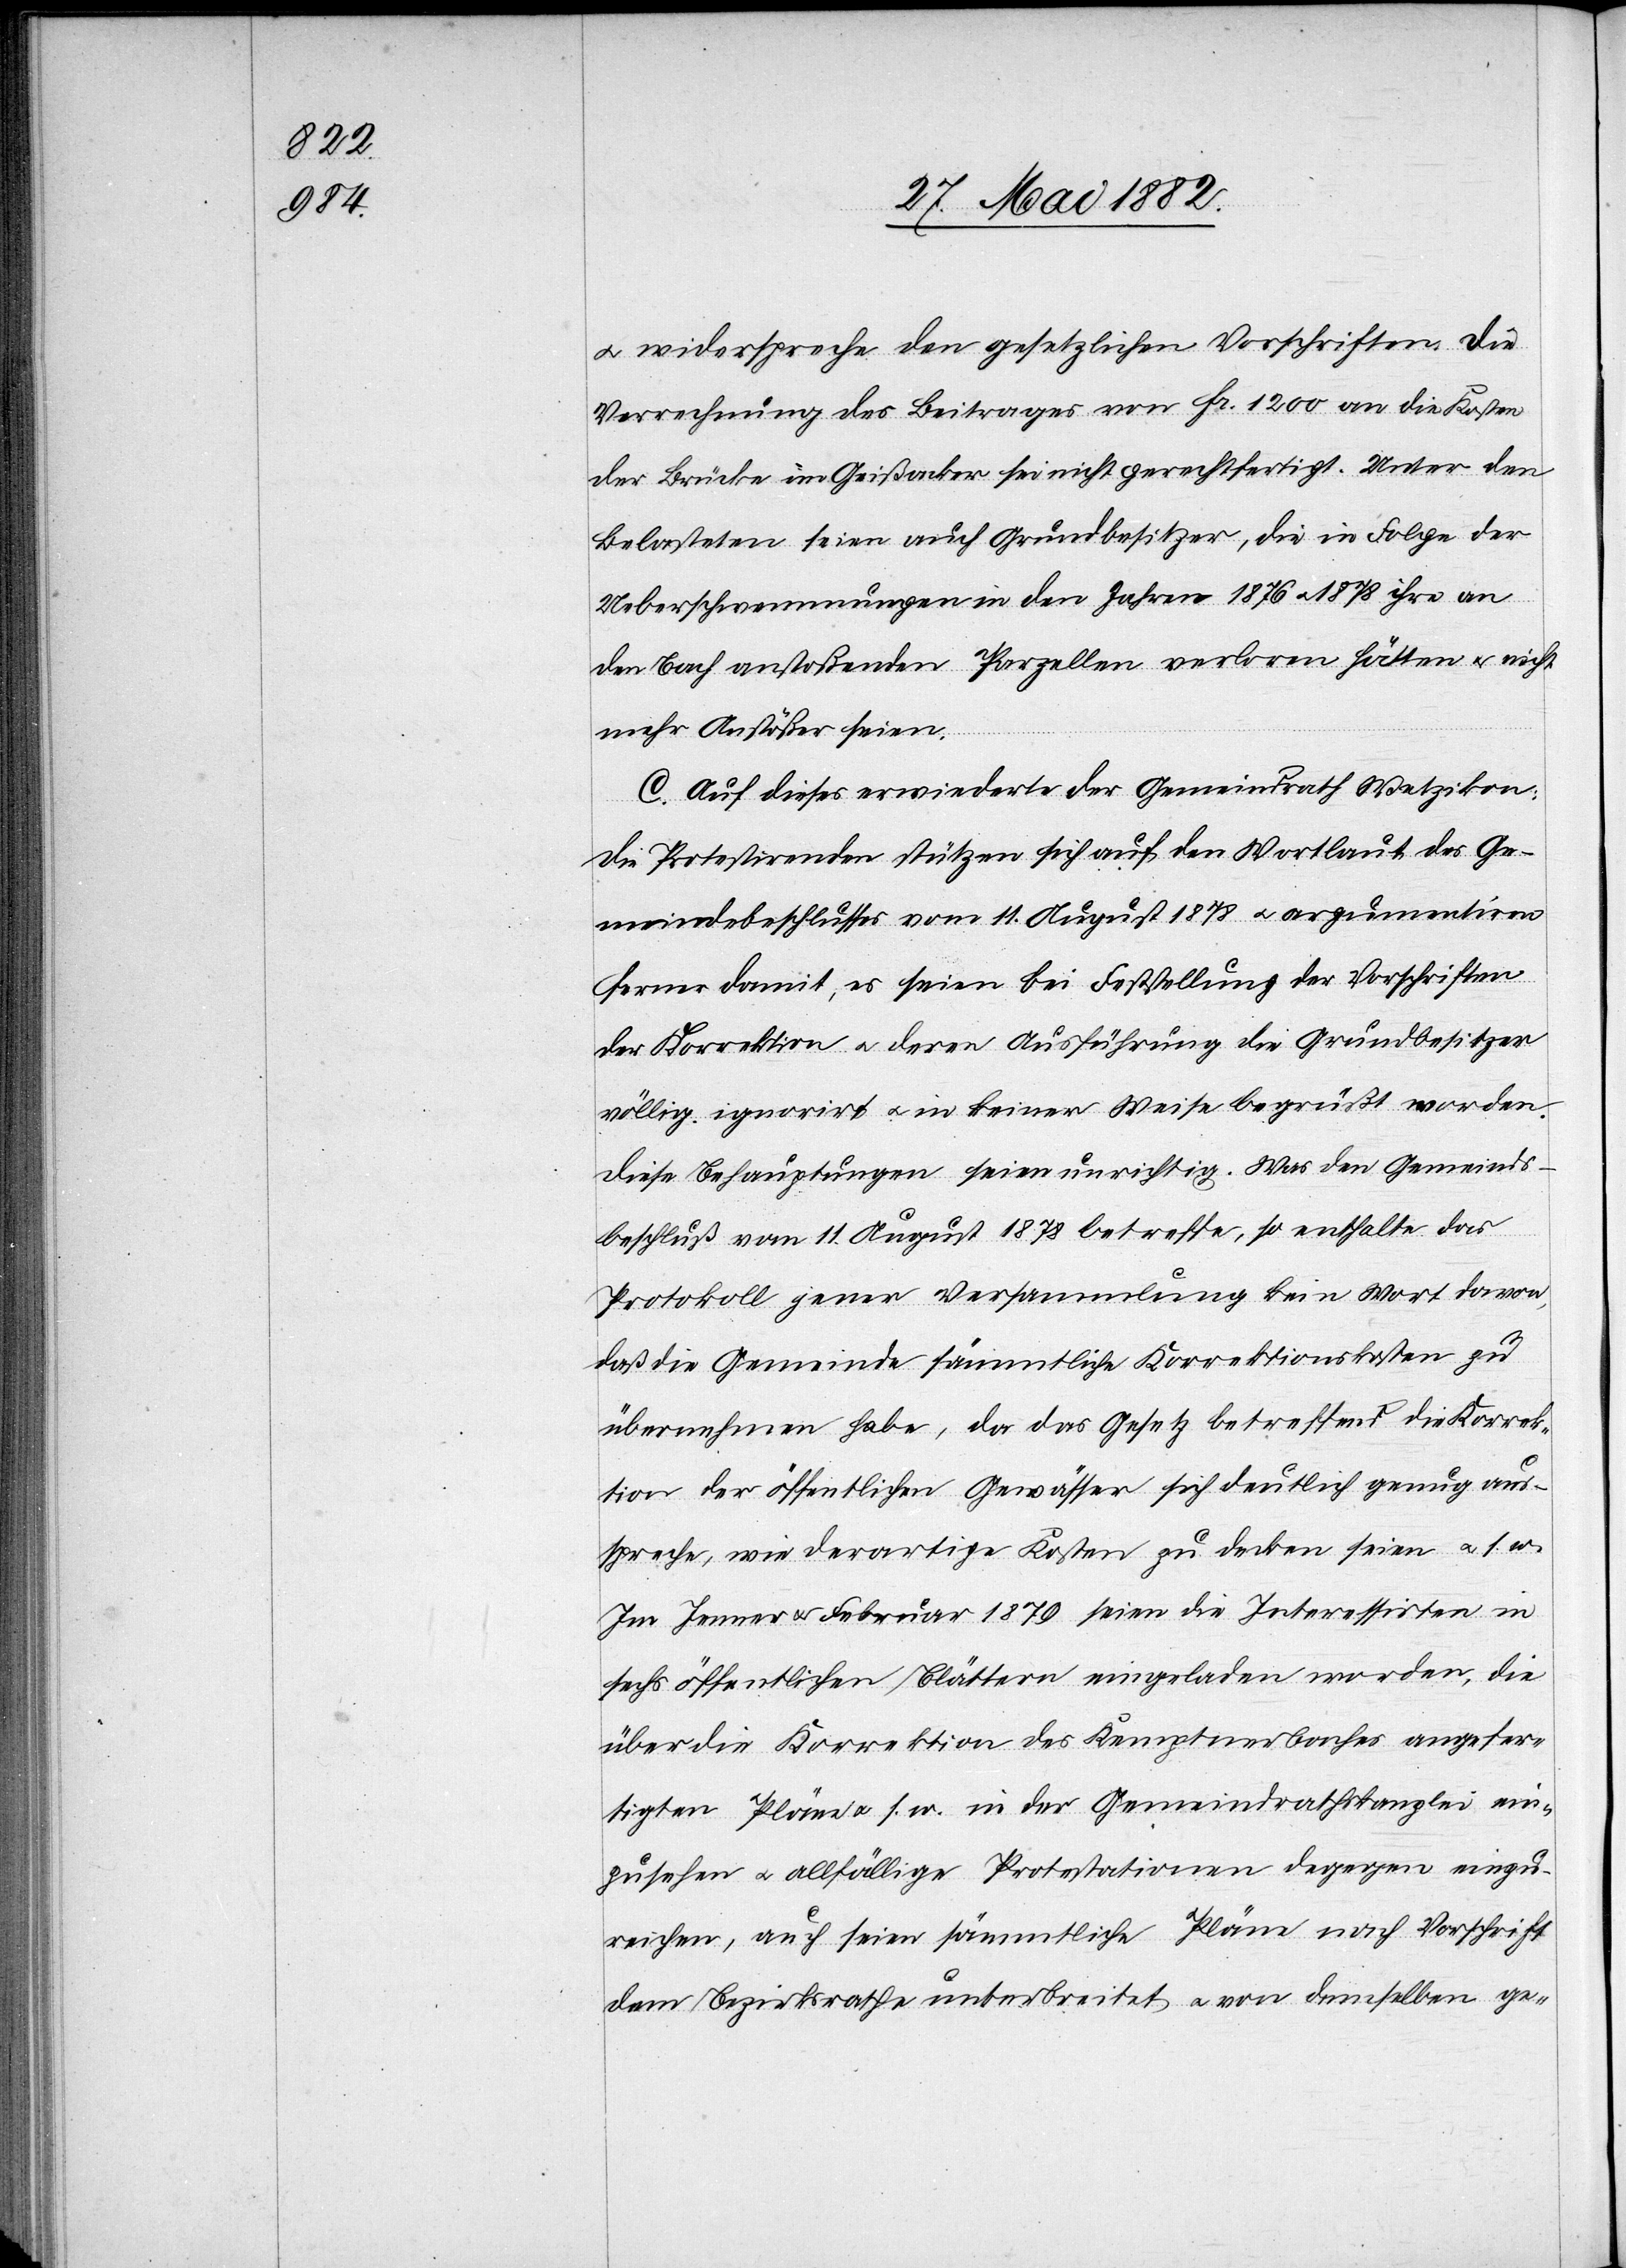
u widerspreche den gesetzlichen Vorschriften. Die
Verrechnung des Beitrages von Fr. 1200 an die Kosten
der Brücke im Gießacker sei nicht gerechtfertigt. Unter den
Belasteten seien auch Grundbesitzer, die in Folge der
Ueberschwemmungen in den Jahren 1876 u. 1878 ihre an
den Bach anstoßenden Parzellen verloren hätten & nicht
mehr Anstößer seien.
C. Auf dieses erwiederte [sic!] der Gemeindrath Wetzikon:
Die Protestirenden stützen sich auf den Wortlaut des Ge¬
meindebeschlusses vom 11. August 1878 u. argumentiren
ferner damit, es seien bei Feststellung der Vorschriften
der Korrektion u. deren Ausführung die Grundbesitzer
völlig ignorirt u. in keiner Weise begrüßt worden.
Diese Behauptungen seien unrichtig. Was den Gemeinds¬
beschluß vom 11. August 1878 betreffe, so enthalte das
Protokoll jener Versammlung kein Wort davon,
daß die Gemeinde sämmtliche Korrektionskosten zu
übernehmen habe, da das Gesetz betreffend die Korrek¬
tion der öffentlichen Gewässer sich deutlich genug aus¬
spreche, wie derartige Kosten zu decken seien u. s. w.
Im Jenner u. Februar 1879 seien die Interessirten in
sechs öffentlichen Blättern eingeladen worden, die
über die Korrektion des Kemptnerbaches angefer¬
tigten Pläne u. s. w. in der Gemeindrathskanzlei einz¬
ureichen, auch seien sämmtliche Pläne nach Vorschrift
dem Bezirksrathe unterbreitet u. von demselben ge-